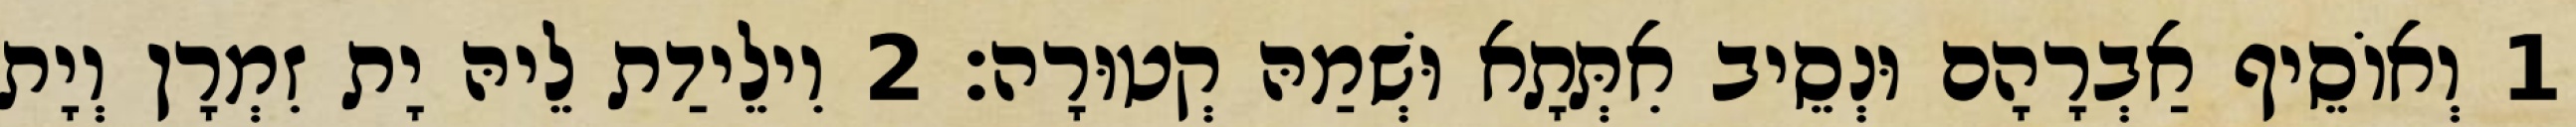
1 וְאוֹסֵיף אַבְרָהָם וּנְסֵיב אִתְּתָא וּשְׁמַהּ קְטוּרָה׃ 2 וִילֵידַת לֵיהּ יָת זִמְרָן וְיָת